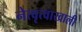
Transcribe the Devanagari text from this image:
नेत्वृत्वाखाली